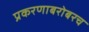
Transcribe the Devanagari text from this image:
प्रकरणाबरोबरच